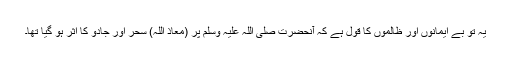
یہ تو بے ایمانوں اور ظالموں کا قول ہے کہ آنحضرت صلی اللہ علیہ وسلم پر (معاذ اللہ) سحر اور جادو کا اثر ہو گیا تھا۔